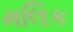
મલિક